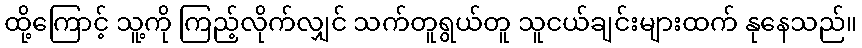
ထို့ကြောင့် သူ့ကို ကြည့်လိုက်လျှင် သက်တူရွယ်တူ သူငယ်ချင်းများထက် နုနေသည်။